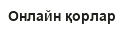
Онлайн қорлар